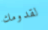
لقدومك